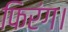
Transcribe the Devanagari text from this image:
फिरंग।